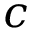
c